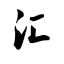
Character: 汇